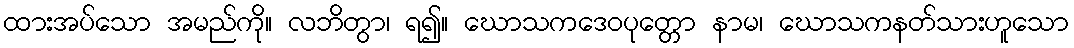
ထားအပ်သော အမည်ကို။ လဘိတွာ၊ ရ၍။ ဃောသကဒေဝပုတ္တော နာမ၊ ဃောသကနတ်သားဟူသော